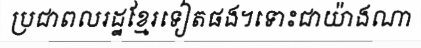
ប្រជាពលរដ្ឋខ្មែរទៀតផង។ទោះជាយ៉ាងណា